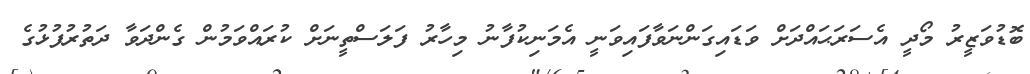
ބޮޑުވަޒީރު މޯދީ އެސަރަޙައްދަށް ވަޑައިގަންނަވާފައިވަނީ އެމަނިކުފާނު މިހާރު ފަލަސްތީނަށް ކުރައްވަމުން ގެންދަވާ ދަތުރުފުޅުގެ